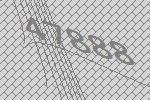
47888